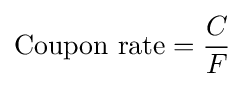
{\text{Coupon rate}}={\frac {C}{F}}